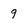
Character: 9